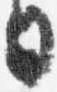
日